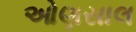
ઓણસાલ